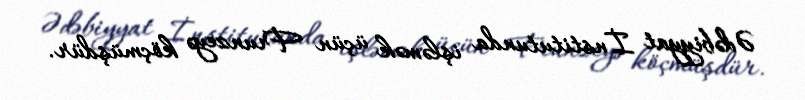
Ədəbiyyat İnstitutunda işləmək üçün Frunzeyə köçmüşdür.